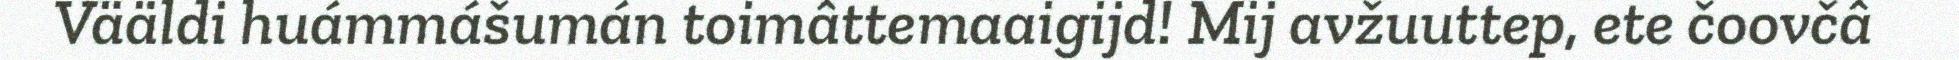
Vääldi huámmášumán toimâttemaaigijd! Mij avžuuttep, ete čoovčâ